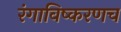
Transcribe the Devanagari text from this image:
रंगाविष्करणच